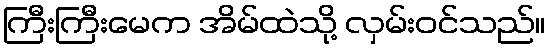
ကြီးကြီးမေက အိမ်ထဲသို့ လှမ်းဝင်သည်။